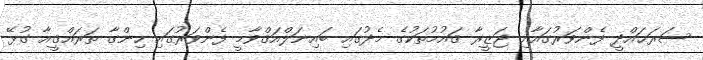
ސަރަޙައްދީ ފެންވަރުގައާއި ޖަޒީރާ ޤައުމުތަކުގެ މެދުގައި ބައިނަލްއަޤްވާމީ ފެންވަރުގައި ހިންގާ ތަރައްޤީއާ ގުޅޭ